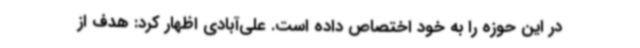
در این حوزه را به خود اختصاص داده است. علی‌آبادی اظهار کرد: هدف از